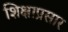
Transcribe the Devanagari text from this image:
शिक्षाप्रसार